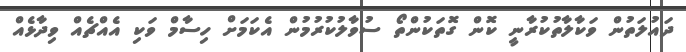
ދައުލަތުން ވަކާލާތުކުރާނީ ކޮން ގޮތަކުންތޯ ސުވާލުކުރުމުން އެކަމަށް ހިސާމް ވަކި އެއްޗެއް ވިދާޅެއް